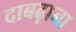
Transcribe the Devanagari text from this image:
दाबढ़ाना